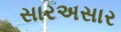
સારઅસાર